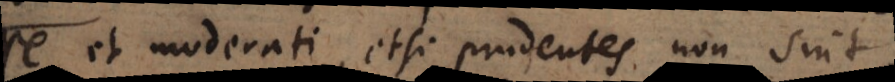
esse et moderati, etsi prudentes non sint,